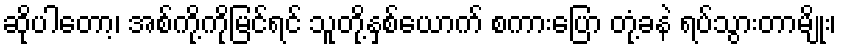
ဆိုပါတော့၊ အစ်ကို့ကိုမြင်ရင် သူတို့နှစ်ယောက် စကားပြော တုံ့ခနဲ ရပ်သွားတာမျိုး၊